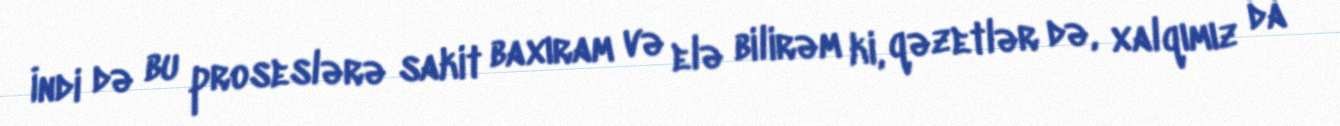
İndi də bu proseslərə sakit baxıram və elə bilirəm ki, qəzetlər də, xalqımız da